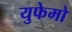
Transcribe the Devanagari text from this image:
युफेमो